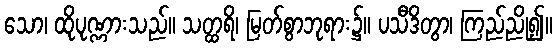
သော၊ ထိုပုဏ္ဏားသည်။ သတ္ထရိ၊ မြတ်စွာဘုရား၌။ ပသီဒိတွာ၊ ကြည်ညို၍။